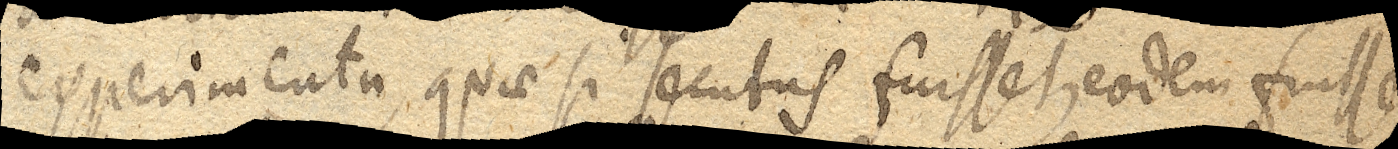
experimenta, quae si secutus fuisset, eodem fuisse